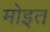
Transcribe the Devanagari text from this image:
मोइत